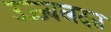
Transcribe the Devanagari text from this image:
उज्ज्वलदत्त